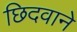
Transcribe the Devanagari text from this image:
छिदवाने